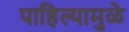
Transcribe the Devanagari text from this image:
पाहिल्यामुळे